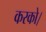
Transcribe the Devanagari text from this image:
करको।